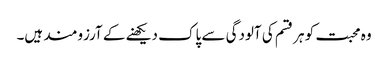
وہ محبت کو ہر قسم کی آلودگی سے پاک دیکھنے کے آرزومند ہیں۔